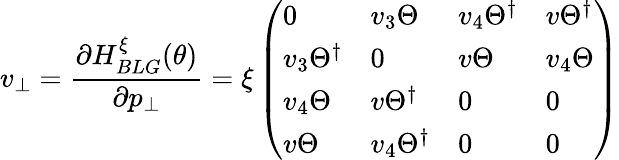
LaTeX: v_{\bot}=\frac{\partial H_{BLG}^{\xi}(\theta)}{\partial p_{\bot}}=\xi\left(\begin{array}{llll}{0}&{v_{3}\Theta}&{v_{4}\Theta^{\dagger}}&{v\Theta^{\dagger}}\\ {v_{3}\Theta^{\dagger}}&{0}&{v\Theta}&{v_{4}\Theta}\\ {v_{4}\Theta}&{v\Theta^{\dagger}}&{0}&{0}\\ {v\Theta}&{v_{4}\Theta^{\dagger}}&{0}&{0}\end{array}\right)